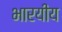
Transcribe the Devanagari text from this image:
भारयीय